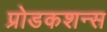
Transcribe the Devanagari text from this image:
प्रोडकशन्स